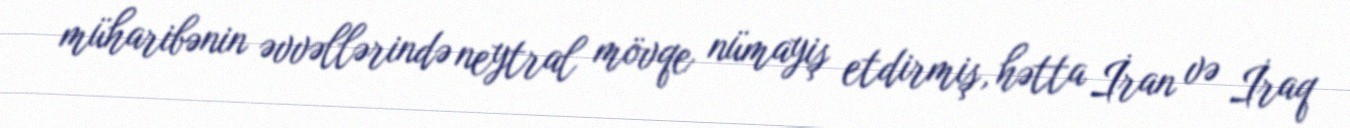
müharibənin əvvəllərində neytral mövqe nümayiş etdirmiş, hətta İran və İraq